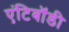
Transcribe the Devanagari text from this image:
एंटिबॉडी